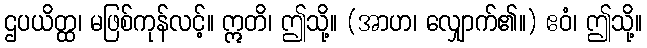
ဌပယိတ္ထ၊ မဖြစ်ကုန်လင့်။ ဣတိ၊ ဤသို့။ (အာဟ၊ လျှောက်၏။) ဧဝံ၊ ဤသို့။